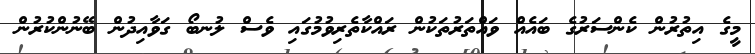
މީގެ އިތުރުން ކެންސަރުގެ ބައެއް ވައްތަރުތަކުން ރައްކާތެރިވުމުގައި ވެސް ލުނބޯ ގަވާއިދުން ބޭނުންކުރުން